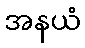
အနယံ